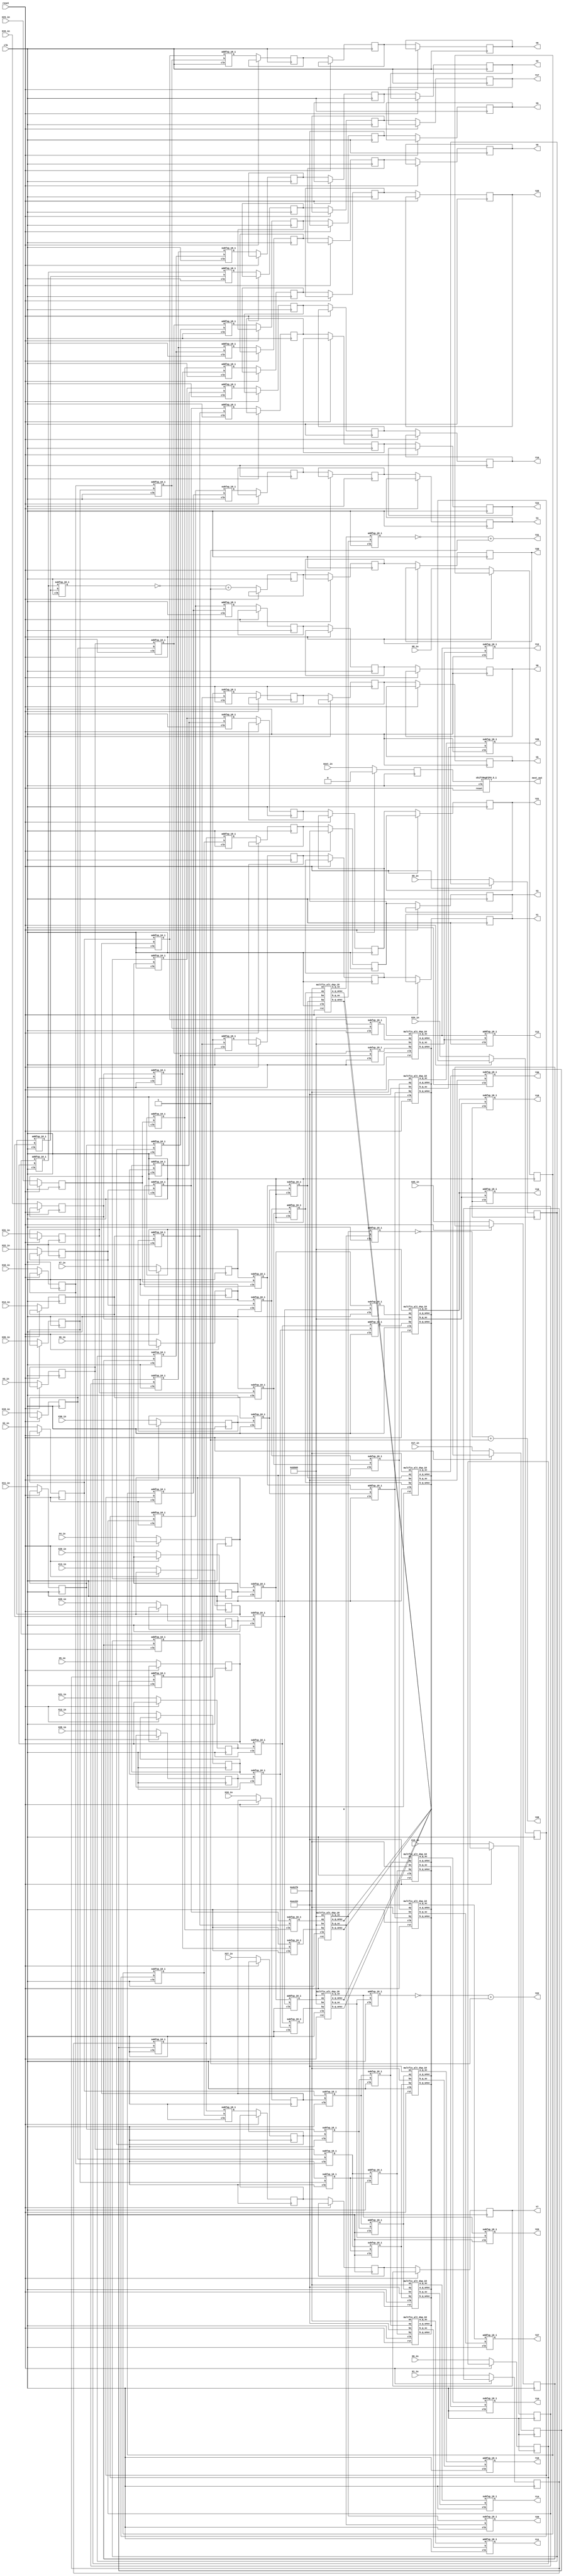
`define SIMULATION_MEMORY

module codeBlock98050_18 (
	input clk,
	input reset,
	input next_in,
	input [17:0] X0_in,
	output [17:0] Y0,
	input [17:0] X1_in,
	output [17:0] Y1,
	input [17:0] X2_in,
	output [17:0] Y2,
	input [17:0] X3_in,
	output [17:0] Y3,
	input [17:0] X4_in,
	output [17:0] Y4,
	input [17:0] X5_in,
	output [17:0] Y5,
	input [17:0] X6_in,
	output [17:0] Y6,
	input [17:0] X7_in,
	output [17:0] Y7,
	input [17:0] X8_in,
	output [17:0] Y8,
	input [17:0] X9_in,
	output [17:0] Y9,
	input [17:0] X10_in,
	output [17:0] Y10,
	input [17:0] X11_in,
	output [17:0] Y11,
	input [17:0] X12_in,
	output [17:0] Y12,
	input [17:0] X13_in,
	output [17:0] Y13,
	input [17:0] X14_in,
	output [17:0] Y14,
	input [17:0] X15_in,
	output [17:0] Y15,
	input [17:0] X16_in,
	output [17:0] Y16,
	input [17:0] X17_in,
	output [17:0] Y17,
	input [17:0] X18_in,
	output [17:0] Y18,
	input [17:0] X19_in,
	output [17:0] Y19,
	input [17:0] X20_in,
	output [17:0] Y20,
	input [17:0] X21_in,
	output [17:0] Y21,
	input [17:0] X22_in,
	output [17:0] Y22,
	input [17:0] X23_in,
	output [17:0] Y23,
	input [17:0] X24_in,
	output [17:0] Y24,
	input [17:0] X25_in,
	output [17:0] Y25,
	input [17:0] X26_in,
	output [17:0] Y26,
	input [17:0] X27_in,
	output [17:0] Y27,
	input [17:0] X28_in,
	output [17:0] Y28,
	input [17:0] X29_in,
	output [17:0] Y29,
	input [17:0] X30_in,
	output [17:0] Y30,
	input [17:0] X31_in,
	output [17:0] Y31,
	output next_out
);

reg next;
reg [17:0] X0;
reg [17:0] X1;
reg [17:0] X2;
reg [17:0] X3;
reg [17:0] X4;
reg [17:0] X5;
reg [17:0] X6;
reg [17:0] X7;
reg [17:0] X8;
reg [17:0] X9;
reg [17:0] X10;
reg [17:0] X11;
reg [17:0] X12;
reg [17:0] X13;
reg [17:0] X14;
reg [17:0] X15;
reg [17:0] X16;
reg [17:0] X17;
reg [17:0] X18;
reg [17:0] X19;
reg [17:0] X20;
reg [17:0] X21;
reg [17:0] X22;
reg [17:0] X23;
reg [17:0] X24;
reg [17:0] X25;
reg [17:0] X26;
reg [17:0] X27;
reg [17:0] X28;
reg [17:0] X29;
reg [17:0] X30;
reg [17:0] X31;
shiftRegFIFO_5_1 shiftRegFIFO_5_1_inst (
	.X(next),
	.Y(next_out),
	.reset(reset),
	.clk(clk)
);
wire  [17:0] a249;
 		wire  [17:0] a250;
 		wire  [17:0] a251;
 		wire  [17:0] a252;
 		wire  [17:0] a257;
 		wire  [17:0] a258;
 		wire  [17:0] a259;
 		wire  [17:0] a260;
 		wire  [17:0] a265;
 		wire  [17:0] a266;
 		wire  [17:0] a267;
 		wire  [17:0] a268;
 		wire  [17:0] a273;
 		wire  [17:0] a274;
 		wire  [17:0] a275;
 		wire  [17:0] a276;
 		wire  [17:0] a281;
 		wire  [17:0] a282;
 		wire  [17:0] a283;
 		wire  [17:0] a284;
 		wire  [17:0] a289;
 		wire  [17:0] a290;
 		wire  [17:0] a291;
 		wire  [17:0] a292;
 		wire  [17:0] a297;
 		wire  [17:0] a298;
 		wire  [17:0] a299;
 		wire  [17:0] a300;
 		wire  [17:0] a305;
 		wire  [17:0] a306;
 		wire  [17:0] a307;
 		wire  [17:0] a308;
 		wire  [17:0] t914;
 		wire  [17:0] t915;
 		wire  [17:0] t916;
 		wire  [17:0] t917;
 		wire  [17:0] t918;
 		wire  [17:0] t919;
 		wire  [17:0] t920;
 		wire  [17:0] t921;
 		wire  [17:0] t930;
 		wire  [17:0] t931;
 		wire  [17:0] t932;
 		wire  [17:0] t933;
 		wire  [17:0] t934;
 		wire  [17:0] t935;
 		wire  [17:0] t936;
 		wire  [17:0] t937;
 		wire  [17:0] t952;
 		wire  [17:0] t953;
 		wire  [17:0] t954;
 		wire  [17:0] t955;
 		wire  [17:0] t956;
 		wire  [17:0] t957;
 		wire  [17:0] t958;
 		wire  [17:0] t959;
 		wire  [17:0] t972;
 		wire  [17:0] t973;
 		wire  [17:0] t974;
 		wire  [17:0] t975;
 		wire  [17:0] t976;
 		wire  [17:0] t977;
 		wire  [17:0] t978;
 		wire  [17:0] t979;
 		wire  [17:0] t922;
 		wire  [17:0] t923;
 		wire  [17:0] t924;
 		wire  [17:0] t925;
 		wire  [17:0] t926;
 		wire  [17:0] t927;
 		wire  [17:0] t928;
 		wire  [17:0] t929;
 		wire  [17:0] t938;
 		wire  [17:0] t939;
 		wire  [17:0] t940;
 		wire  [17:0] t941;
 		wire  [17:0] t944;
 		wire  [17:0] t945;
 		wire  [17:0] t946;
 		wire  [17:0] t947;
 		wire  [17:0] t960;
 		wire  [17:0] t961;
 		wire  [17:0] t962;
 		wire  [17:0] t963;
 		wire  [17:0] t964;
 		wire  [17:0] t965;
 		wire  [17:0] t966;
 		wire  [17:0] t967;
 		wire  [17:0] t980;
 		wire  [17:0] t981;
 		wire  [17:0] t982;
 		wire  [17:0] t983;
 		wire  [17:0] t986;
 		wire  [17:0] t987;
 		wire  [17:0] t988;
 		wire  [17:0] t989;
 		reg  [17:0] tm24;
 		reg  [17:0] tm27;
 		reg  [17:0] tm30;
 		reg  [17:0] tm33;
 		reg  [17:0] tm36;
 		reg  [17:0] tm39;
 		reg  [17:0] tm42;
 		reg  [17:0] tm45;
 		reg  [17:0] tm48;
 		reg  [17:0] tm51;
 		reg  [17:0] tm54;
 		reg  [17:0] tm57;
 		reg  [17:0] tm60;
 		reg  [17:0] tm63;
 		reg  [17:0] tm66;
 		reg  [17:0] tm69;
 		wire  [17:0] a225;
 		wire  [17:0] a226;
 		wire  [17:0] a227;
 		wire  [17:0] a228;
 		wire  [17:0] a229;
 		wire  [17:0] a230;
 		wire  [17:0] a231;
 		wire  [17:0] a232;
 		wire  [17:0] a233;
 		wire  [17:0] a234;
 		wire  [17:0] a235;
 		wire  [17:0] a236;
 		wire  [17:0] a237;
 		wire  [17:0] a238;
 		wire  [17:0] a239;
 		wire  [17:0] a240;
 		wire  [17:0] a241;
 		wire  [17:0] a242;
 		wire  [17:0] a243;
 		wire  [17:0] a244;
 		wire  [17:0] a245;
 		wire  [17:0] a246;
 		wire  [17:0] a247;
 		wire  [17:0] a248;
 		reg  [17:0] tm25;
 		reg  [17:0] tm28;
 		reg  [17:0] tm31;
 		reg  [17:0] tm34;
 		reg  [17:0] tm37;
 		reg  [17:0] tm40;
 		reg  [17:0] tm43;
 		reg  [17:0] tm46;
 		reg  [17:0] tm49;
 		reg  [17:0] tm52;
 		reg  [17:0] tm55;
 		reg  [17:0] tm58;
 		reg  [17:0] tm61;
 		reg  [17:0] tm64;
 		reg  [17:0] tm67;
 		reg  [17:0] tm70;
 		wire  [17:0] t942;
 		wire  [17:0] t943;
 		wire  [17:0] t948;
 		wire  [17:0] t949;
 		wire  [17:0] t950;
 		wire  [17:0] t951;
 		wire  [17:0] t968;
 		wire  [17:0] t969;
 		wire  [17:0] t970;
 		wire  [17:0] t971;
 		wire  [17:0] t984;
 		wire  [17:0] t985;
 		wire  [17:0] t990;
 		wire  [17:0] t991;
 		wire  [17:0] t992;
 		wire  [17:0] t993;
 		reg  [17:0] tm26;
 		reg  [17:0] tm29;
 		reg  [17:0] tm32;
 		reg  [17:0] tm35;
 		reg  [17:0] tm38;
 		reg  [17:0] tm41;
 		reg  [17:0] tm44;
 		reg  [17:0] tm47;
 		reg  [17:0] tm50;
 		reg  [17:0] tm53;
 		reg  [17:0] tm56;
 		reg  [17:0] tm59;
 		reg  [17:0] tm62;
 		reg  [17:0] tm65;
 		reg  [17:0] tm68;
 		reg  [17:0] tm71;

wire  [17:0] tm0;
assign tm0 = (18'hb505 >> (18-18));
wire  [17:0] tm2;
assign tm2 = (18'hec83 >> (18-18));
wire  [17:0] tm3;
assign tm3 = (18'h61f8 >> (18-18));

assign a249 = X0;
 		assign a250 = X16;
 		assign a251 = X1;
 		assign a252 = X17;
 		assign a257 = X8;
 		assign a258 = X24;
 		assign a259 = X9;
 		assign a260 = X25;
 		assign a265 = X2;
 		assign a266 = X18;
 		assign a267 = X3;
 		assign a268 = X19;
 		assign a273 = X10;
 		assign a274 = X26;
 		assign a275 = X11;
 		assign a276 = X27;
 		assign a281 = X4;
 		assign a282 = X20;
 		assign a283 = X5;
 		assign a284 = X21;
 		assign a289 = X12;
 		assign a290 = X28;
 		assign a291 = X13;
 		assign a292 = X29;
 		assign a297 = X6;
 		assign a298 = X22;
 		assign a299 = X7;
 		assign a300 = X23;
 		assign a305 = X14;
 		assign a306 = X30;
 		assign a307 = X15;
 		assign a308 = X31;
 		assign Y0 = tm26;
 		assign Y1 = tm29;
 		assign Y4 = tm32;
 		assign Y5 = tm35;
 		assign Y2 = tm38;
 		assign Y3 = tm41;
 		assign Y6 = tm44;
 		assign Y7 = tm47;
 		assign Y8 = tm50;
 		assign Y9 = tm53;
 		assign Y12 = t942;
 		assign Y13 = t943;
 		assign Y10 = t948;
 		assign Y11 = t949;
 		assign Y14 = t950;
 		assign Y15 = t951;
 		assign Y16 = tm56;
 		assign Y17 = tm59;
 		assign Y20 = tm62;
 		assign Y21 = tm65;
 		assign Y18 = t968;
 		assign Y19 = t969;
 		assign Y22 = (~(t970)+1);
 		assign Y23 = t971;
 		assign Y24 = tm68;
 		assign Y25 = tm71;
 		assign Y28 = (~(t984)+1);
 		assign Y29 = t985;
 		assign Y26 = t990;
 		assign Y27 = t991;
 		assign Y30 = t992;
 		assign Y31 = (~(t993)+1);

addfxp_18_1 add98062(.a(a249), .b(a250), .clk(clk), .q(t914));
 		addfxp_18_1 add98077(.a(a251), .b(a252), .clk(clk), .q(t915));
 		subfxp_18_1 sub98092(.a(a249), .b(a250), .clk(clk), .q(t916));
 		subfxp_18_1 sub98107(.a(a251), .b(a252), .clk(clk), .q(t917));
 		addfxp_18_1 add98122(.a(a257), .b(a258), .clk(clk), .q(t918));
 		addfxp_18_1 add98137(.a(a259), .b(a260), .clk(clk), .q(t919));
 		subfxp_18_1 sub98152(.a(a257), .b(a258), .clk(clk), .q(t920));
 		subfxp_18_1 sub98167(.a(a259), .b(a260), .clk(clk), .q(t921));
 		addfxp_18_1 add98270(.a(a265), .b(a266), .clk(clk), .q(t930));
 		addfxp_18_1 add98285(.a(a267), .b(a268), .clk(clk), .q(t931));
 		subfxp_18_1 sub98300(.a(a265), .b(a266), .clk(clk), .q(t932));
 		subfxp_18_1 sub98315(.a(a267), .b(a268), .clk(clk), .q(t933));
 		addfxp_18_1 add98330(.a(a273), .b(a274), .clk(clk), .q(t934));
 		addfxp_18_1 add98345(.a(a275), .b(a276), .clk(clk), .q(t935));
 		subfxp_18_1 sub98360(.a(a273), .b(a274), .clk(clk), .q(t936));
 		subfxp_18_1 sub98375(.a(a275), .b(a276), .clk(clk), .q(t937));
 		addfxp_18_1 add98590(.a(a281), .b(a282), .clk(clk), .q(t952));
 		addfxp_18_1 add98605(.a(a283), .b(a284), .clk(clk), .q(t953));
 		subfxp_18_1 sub98620(.a(a281), .b(a282), .clk(clk), .q(t954));
 		subfxp_18_1 sub98635(.a(a283), .b(a284), .clk(clk), .q(t955));
 		addfxp_18_1 add98650(.a(a289), .b(a290), .clk(clk), .q(t956));
 		addfxp_18_1 add98665(.a(a291), .b(a292), .clk(clk), .q(t957));
 		subfxp_18_1 sub98680(.a(a289), .b(a290), .clk(clk), .q(t958));
 		subfxp_18_1 sub98695(.a(a291), .b(a292), .clk(clk), .q(t959));
 		addfxp_18_1 add98856(.a(a297), .b(a298), .clk(clk), .q(t972));
 		addfxp_18_1 add98871(.a(a299), .b(a300), .clk(clk), .q(t973));
 		subfxp_18_1 sub98886(.a(a297), .b(a298), .clk(clk), .q(t974));
 		subfxp_18_1 sub98901(.a(a299), .b(a300), .clk(clk), .q(t975));
 		addfxp_18_1 add98916(.a(a305), .b(a306), .clk(clk), .q(t976));
 		addfxp_18_1 add98931(.a(a307), .b(a308), .clk(clk), .q(t977));
 		subfxp_18_1 sub98946(.a(a305), .b(a306), .clk(clk), .q(t978));
 		subfxp_18_1 sub98961(.a(a307), .b(a308), .clk(clk), .q(t979));
 		addfxp_18_1 add98174(.a(t914), .b(t918), .clk(clk), .q(t922));
 		addfxp_18_1 add98181(.a(t915), .b(t919), .clk(clk), .q(t923));
 		subfxp_18_1 sub98188(.a(t914), .b(t918), .clk(clk), .q(t924));
 		subfxp_18_1 sub98195(.a(t915), .b(t919), .clk(clk), .q(t925));
 		subfxp_18_1 sub98218(.a(t916), .b(t921), .clk(clk), .q(t926));
 		addfxp_18_1 add98225(.a(t917), .b(t920), .clk(clk), .q(t927));
 		addfxp_18_1 add98232(.a(t916), .b(t921), .clk(clk), .q(t928));
 		subfxp_18_1 sub98239(.a(t917), .b(t920), .clk(clk), .q(t929));
 		addfxp_18_1 add98382(.a(t930), .b(t934), .clk(clk), .q(t938));
 		addfxp_18_1 add98389(.a(t931), .b(t935), .clk(clk), .q(t939));
 		subfxp_18_1 sub98396(.a(t930), .b(t934), .clk(clk), .q(t940));
 		subfxp_18_1 sub98403(.a(t931), .b(t935), .clk(clk), .q(t941));
 		subfxp_18_1 sub98454(.a(t932), .b(t937), .clk(clk), .q(t944));
 		addfxp_18_1 add98461(.a(t933), .b(t936), .clk(clk), .q(t945));
 		addfxp_18_1 add98468(.a(t932), .b(t937), .clk(clk), .q(t946));
 		subfxp_18_1 sub98475(.a(t933), .b(t936), .clk(clk), .q(t947));
 		addfxp_18_1 add98702(.a(t952), .b(t956), .clk(clk), .q(t960));
 		addfxp_18_1 add98709(.a(t953), .b(t957), .clk(clk), .q(t961));
 		subfxp_18_1 sub98716(.a(t952), .b(t956), .clk(clk), .q(t962));
 		subfxp_18_1 sub98723(.a(t953), .b(t957), .clk(clk), .q(t963));
 		subfxp_18_1 sub98747(.a(t954), .b(t959), .clk(clk), .q(t964));
 		addfxp_18_1 add98754(.a(t955), .b(t958), .clk(clk), .q(t965));
 		addfxp_18_1 add98761(.a(t954), .b(t959), .clk(clk), .q(t966));
 		subfxp_18_1 sub98768(.a(t955), .b(t958), .clk(clk), .q(t967));
 		addfxp_18_1 add98968(.a(t972), .b(t976), .clk(clk), .q(t980));
 		addfxp_18_1 add98975(.a(t973), .b(t977), .clk(clk), .q(t981));
 		subfxp_18_1 sub98982(.a(t972), .b(t976), .clk(clk), .q(t982));
 		subfxp_18_1 sub98989(.a(t973), .b(t977), .clk(clk), .q(t983));
 		subfxp_18_1 sub99041(.a(t974), .b(t979), .clk(clk), .q(t986));
 		addfxp_18_1 add99048(.a(t975), .b(t978), .clk(clk), .q(t987));
 		addfxp_18_1 add99055(.a(t974), .b(t979), .clk(clk), .q(t988));
 		subfxp_18_1 sub99062(.a(t975), .b(t978), .clk(clk), .q(t989));

multfix_alt_dsp_18 m88566(.ax(tm0), .ay(t940), .bx(tm0), .by(t941), .clk(clk), .a_q_sc(a225), .a_q_unsc(), .b_q_sc(a226), .b_q_unsc(), .rst(reset));
 			multfix_alt_dsp_18 m88570(.ax(tm2), .ay(t944), .bx(tm3), .by(t945), .clk(clk), .a_q_sc(a227), .a_q_unsc(), .b_q_sc(a228), .b_q_unsc(), .rst(reset));
 			multfix_alt_dsp_18 m88572(.ax(tm3), .ay(t944), .bx(tm2), .by(t945), .clk(clk), .a_q_sc(a229), .a_q_unsc(), .b_q_sc(a230), .b_q_unsc(), .rst(reset));
 			multfix_alt_dsp_18 m88574(.ax(tm3), .ay(t946), .bx(tm2), .by(t947), .clk(clk), .a_q_sc(a231), .a_q_unsc(), .b_q_sc(a232), .b_q_unsc(), .rst(reset));
 			multfix_alt_dsp_18 m88576(.ax(tm2), .ay(t946), .bx(tm3), .by(t947), .clk(clk), .a_q_sc(a233), .a_q_unsc(), .b_q_sc(a234), .b_q_unsc(), .rst(reset));
 			multfix_alt_dsp_18 m88578(.ax(tm0), .ay(t964), .bx(tm0), .by(t965), .clk(clk), .a_q_sc(a235), .a_q_unsc(), .b_q_sc(a236), .b_q_unsc(), .rst(reset));
 			multfix_alt_dsp_18 m88580(.ax(tm0), .ay(t966), .bx(tm0), .by(t967), .clk(clk), .a_q_sc(a237), .a_q_unsc(), .b_q_sc(a238), .b_q_unsc(), .rst(reset));
 			multfix_alt_dsp_18 m88582(.ax(tm0), .ay(t982), .bx(tm0), .by(t983), .clk(clk), .a_q_sc(a239), .a_q_unsc(), .b_q_sc(a240), .b_q_unsc(), .rst(reset));
 			multfix_alt_dsp_18 m88584(.ax(tm3), .ay(t986), .bx(tm2), .by(t987), .clk(clk), .a_q_sc(a241), .a_q_unsc(), .b_q_sc(a242), .b_q_unsc(), .rst(reset));
 			multfix_alt_dsp_18 m88586(.ax(tm2), .ay(t986), .bx(tm3), .by(t987), .clk(clk), .a_q_sc(a243), .a_q_unsc(), .b_q_sc(a244), .b_q_unsc(), .rst(reset));
 			multfix_alt_dsp_18 m88588(.ax(tm3), .ay(t989), .bx(tm2), .by(t988), .clk(clk), .a_q_sc(a245), .a_q_unsc(), .b_q_sc(a246), .b_q_unsc(), .rst(reset));
 			multfix_alt_dsp_18 m88590(.ax(tm3), .ay(t988), .bx(tm2), .by(t989), .clk(clk), .a_q_sc(a247), .a_q_unsc(), .b_q_sc(a248), .b_q_unsc(), .rst(reset));

subfxp_18_1 sub98424(.a(a225), .b(a226), .clk(clk), .q(t942));
 		addfxp_18_1 add98431(.a(a225), .b(a226), .clk(clk), .q(t943));
 		subfxp_18_1 sub98496(.a(a227), .b(a228), .clk(clk), .q(t948));
 		addfxp_18_1 add98517(.a(a229), .b(a230), .clk(clk), .q(t949));
 		subfxp_18_1 sub98538(.a(a231), .b(a232), .clk(clk), .q(t950));
 		addfxp_18_1 add98559(.a(a233), .b(a234), .clk(clk), .q(t951));
 		subfxp_18_1 sub98789(.a(a235), .b(a236), .clk(clk), .q(t968));
 		addfxp_18_1 add98796(.a(a235), .b(a236), .clk(clk), .q(t969));
 		addfxp_18_1 add98817(.a(a237), .b(a238), .clk(clk), .q(t970));
 		subfxp_18_1 sub98824(.a(a237), .b(a238), .clk(clk), .q(t971));
 		addfxp_18_1 add99010(.a(a239), .b(a240), .clk(clk), .q(t984));
 		subfxp_18_1 sub99017(.a(a239), .b(a240), .clk(clk), .q(t985));
 		subfxp_18_1 sub99083(.a(a241), .b(a242), .clk(clk), .q(t990));
 		addfxp_18_1 add99104(.a(a243), .b(a244), .clk(clk), .q(t991));
 		subfxp_18_1 sub99125(.a(a245), .b(a246), .clk(clk), .q(t992));
 		addfxp_18_1 add99146(.a(a247), .b(a248), .clk(clk), .q(t993));

always @(posedge clk) begin
	if (reset == 1) begin
		next <= 1'b0;
	end else begin
		X0 <= X0_in;
		X1 <= X1_in;
		X2 <= X2_in;
		X3 <= X3_in;
		X4 <= X4_in;
		X5 <= X5_in;
		X6 <= X6_in;
		X7 <= X7_in;
		X8 <= X8_in;
		X9 <= X9_in;
		X10 <= X10_in;
		X11 <= X11_in;
		X12 <= X12_in;
		X13 <= X13_in;
		X14 <= X14_in;
		X15 <= X15_in;
		X16 <= X16_in;
		X17 <= X17_in;
		X18 <= X18_in;
		X19 <= X19_in;
		X20 <= X20_in;
		X21 <= X21_in;
		X22 <= X22_in;
		X23 <= X23_in;
		X24 <= X24_in;
		X25 <= X25_in;
		X26 <= X26_in;
		X27 <= X27_in;
		X28 <= X28_in;
		X29 <= X29_in;
		X30 <= X30_in;
		X31 <= X31_in;
		next <= next_in;
		tm24 <= t922;
		tm27 <= t923;
		tm30 <= t924;
		tm33 <= t925;
		tm36 <= t926;
		tm39 <= t927;
		tm42 <= t928;
		tm45 <= t929;
		tm48 <= t938;
		tm51 <= t939;
		tm54 <= t960;
		tm57 <= t961;
		tm60 <= (~(t963)+1);
		tm63 <= t962;
		tm66 <= t980;
		tm69 <= t981;
		tm25 <= tm24;
		tm28 <= tm27;
		tm31 <= tm30;
		tm34 <= tm33;
		tm37 <= tm36;
		tm40 <= tm39;
		tm43 <= tm42;
		tm46 <= tm45;
		tm49 <= tm48;
		tm52 <= tm51;
		tm55 <= tm54;
		tm58 <= tm57;
		tm61 <= tm60;
		tm64 <= tm63;
		tm67 <= tm66;
		tm70 <= tm69;
		tm26 <= tm25;
		tm29 <= tm28;
		tm32 <= tm31;
		tm35 <= tm34;
		tm38 <= tm37;
		tm41 <= tm40;
		tm44 <= tm43;
		tm47 <= tm46;
		tm50 <= tm49;
		tm53 <= tm52;
		tm56 <= tm55;
		tm59 <= tm58;
		tm62 <= tm61;
		tm65 <= tm64;
		tm68 <= tm67;
		tm71 <= tm70;
	end
end

endmodule
module multfix_alt_dsp_18 (
	input [17:0] ax,
	input [17:0] ay,
	input [17:0] bx,
	input [17:0] by,
	input clk,
	output [17:0] a_q_sc,
	output [17:0] a_q_unsc,
	output [17:0] b_q_sc,
	output [17:0] b_q_unsc,
	input rst
);

wire [35:0] a_res;
wire [35:0] b_res;

assign a_q_unsc = a_res[17:0];
assign a_q_sc = {a_res[35-1], a_res[32			:16]};
assign b_q_unsc = b_res[17:0];
assign b_q_sc = {b_res[35-1], b_res[32			:16]};

dsp_signed_mult_18x18_unit_18_36_0 dsp_signed_mult_18x18_unit_18_36_0_inst (
	.clk(clk),
	.ena(1'b1),
	.reset(rst),
	.i_valid(),
	.o_valid(),
	.ax(ax),
	.ay(ay),
	.bx(bx),
	.by(by),
	.resulta(a_res),
	.resultb(b_res)
);

endmodule
module dsp_signed_mult_18x18_unit_18_36_0 (
	input clk,
	input reset,
	input ena,
	input i_valid,
	input [17:0] ax,
	input [17:0] ay,
	input [17:0] bx,
	input [17:0] by,
	output o_valid,
	output [35:0] resulta,
	output [35:0] resultb 
);

reg [35:0] reg_resa, reg_resb;
always @(posedge clk) begin
	reg_resa <= ax * ay;
	reg_resb <= bx * by;
end
assign resulta = reg_resa;
assign resultb = reg_resb;
reg input_valid, result_valid, output_valid;
always @ (posedge clk) begin
	if (reset) begin
		output_valid <= 1'b0;
		input_valid <= 1'b0;
		result_valid <= 1'b0;
	end else if (ena) begin
		input_valid <= i_valid;
		result_valid <= input_valid;
		output_valid <= result_valid;
	end
end
assign o_valid = output_valid;

endmodule
module shiftRegFIFO_5_1 (
	input [0:0] X,
	output [0:0] Y,
	input reset,
	input clk
);

reg [0:0] mem_0;
reg [0:0] mem_1;
reg [0:0] mem_2;
reg [0:0] mem_3;
reg [0:0] mem_4;
assign Y = mem_4;

always @ (posedge clk) begin
	if (reset) begin
		mem_0 <= 0;
		mem_1 <= 0;
		mem_2 <= 0;
		mem_3 <= 0;
		mem_4 <= 0;
	end else begin
		mem_1 <= mem_0;
		mem_2 <= mem_1;
		mem_3 <= mem_2;
		mem_4 <= mem_3;
		mem_0 <= X;
	end
end

endmodule

module addfxp_18_1 (
	input [17:0] a,
	input [17:0] b,
	input clk,
	output [17:0] q
);

reg [17:0] res_0;
assign q = res_0;

always @(posedge clk) begin
	res_0 <= a + b;
end

endmodule

module subfxp_18_1 (
	input [17:0] a,
	input [17:0] b,
	input clk,
	output [17:0] q
);

reg [17:0] res_0;
assign q = res_0;

always @(posedge clk) begin
	res_0 <= a + b;
end

endmodule